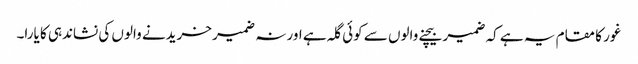
غور کا مقام یہ ہے کہ ضمیر بیچنے والوں سے کوئی گلہ ہے اور نہ ضمیر خریدنے والوں کی نشاندہی کا یارا۔